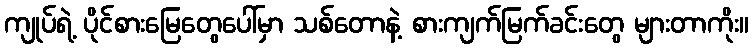
ကျုပ်ရဲ့ ပိုင်စားမြေတွေပေါ်မှာ သစ်တောနဲ့ စားကျက်မြက်ခင်းတွေ များတာကိုး။